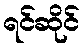
ရင်ဆိုင်